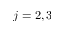
j = 2 , 3